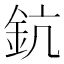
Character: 鈧